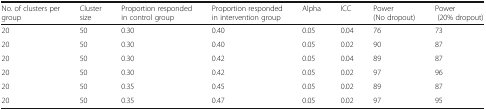
<table><thead><tr><td><b>No. of clusters per group</b></td><td><b>Cluster size</b></td><td><b>Proportion responded in control group</b></td><td><b>Proportion responded in intervention group</b></td><td><b>Alpha</b></td><td><b>ICC</b></td><td><b>Power (No dropout)</b></td><td><b>Power (20% dropout)</b></td></tr></thead><tbody><tr><td>20</td><td>50</td><td>0.30</td><td>0.40</td><td>0.05</td><td>0.04</td><td>76</td><td>73</td></tr><tr><td>20</td><td>50</td><td>0.30</td><td>0.40</td><td>0.05</td><td>0.02</td><td>90</td><td>87</td></tr><tr><td>20</td><td>50</td><td>0.30</td><td>0.42</td><td>0.05</td><td>0.04</td><td>89</td><td>87</td></tr><tr><td>20</td><td>50</td><td>0.30</td><td>0.42</td><td>0.05</td><td>0.02</td><td>97</td><td>96</td></tr><tr><td>20</td><td>50</td><td>0.35</td><td>0.45</td><td>0.05</td><td>0.02</td><td>89</td><td>87</td></tr><tr><td>20</td><td>50</td><td>0.35</td><td>0.47</td><td>0.05</td><td>0.02</td><td>97</td><td>95</td></tr></tbody></table>